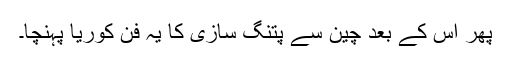
پھر اس کے بعد چین سے پتنگ سازی کا یہ فن کوریا پہنچا۔